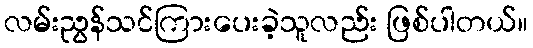
လမ်းညွန်သင်ကြားပေးခဲ့သူလည်း ဖြစ်ပါတယ်။